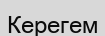
Керегем